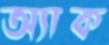
অ্যাক